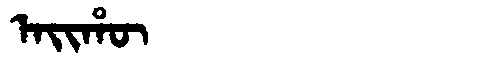
Manchu: ᠠᡳᡥᡡ
Romanization: AIHŪ